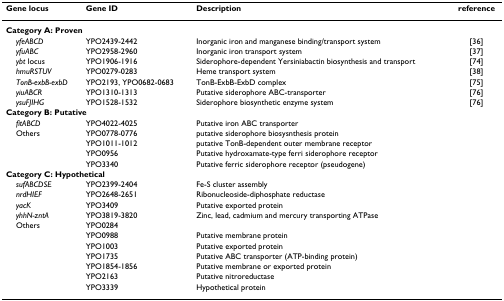
<table><thead><tr><td><b>Gene locus</b></td><td><b>Gene ID</b></td><td><b>Description</b></td><td><b>reference</b></td></tr></thead><tbody><tr><td colspan="4"><b>Category A: Proven</b></td></tr><tr><td> <i>yfeABCD</i></td><td>YPO2439-2442</td><td>Inorganic iron and manganese binding/transport system</td><td>[36]</td></tr><tr><td> <i>yfuABC</i></td><td>YPO2958-2960</td><td>Inorganic iron transport system</td><td>[37]</td></tr><tr><td> <i>ybt </i>locus</td><td>YPO1906-1916</td><td>Siderophore-dependent Yersiniabactin biosynthesis and transport</td><td>[74]</td></tr><tr><td> <i>hmuRSTUV</i></td><td>YPO0279-0283</td><td>Heme transport system</td><td>[38]</td></tr><tr><td> <i>TonB-exbB-exbD</i></td><td>YPO2193, YPO0682-0683</td><td>TonB-ExbB-ExbD complex</td><td>[75]</td></tr><tr><td> <i>yiuABCR</i></td><td>YPO1310-1313</td><td>Putative siderophore ABC-transporter</td><td>[76]</td></tr><tr><td> <i>ysuFJIHG</i></td><td>YPO1528-1532</td><td>Siderophore biosynthetic enzyme system</td><td>[76]</td></tr><tr><td colspan="4"><b>Category B: Putative</b></td></tr><tr><td> <i>fitABCD</i></td><td>YPO4022-4025</td><td>Putative iron ABC transporter</td><td></td></tr><tr><td> Others</td><td>YPO0778-0776</td><td>putative siderophore biosysnthesis protein</td><td></td></tr><tr><td></td><td>YPO1011-1012</td><td>putative TonB-dependent outer membrane receptor</td><td></td></tr><tr><td></td><td>YPO0956</td><td>Putative hydroxamate-type ferri siderophore receptor</td><td></td></tr><tr><td></td><td>YPO3340</td><td>Putative ferric siderophore receptor (pseudogene)</td><td></td></tr><tr><td colspan="4"><b>Category C: Hypothetical</b></td></tr><tr><td> <i>sufABCDSE</i></td><td>YPO2399-2404</td><td>Fe-S cluster assembly</td><td></td></tr><tr><td> <i>nrdHIEF</i></td><td>YPO2648-2651</td><td>Ribonucleoside-diphosphate reductase</td><td></td></tr><tr><td> <i>yacK</i></td><td>YPO3409</td><td>Putative exported protein</td><td></td></tr><tr><td> <i>yhhN-zntA</i></td><td>YPO3819-3820</td><td>Zinc, lead, cadmium and mercury transporting ATPase</td><td></td></tr><tr><td> Others</td><td>YPO0284</td><td></td><td></td></tr><tr><td></td><td>YPO0988</td><td>Putative membrane protein</td><td></td></tr><tr><td></td><td>YPO1003</td><td>Putative exported protein</td><td></td></tr><tr><td></td><td>YPO1735</td><td>Putative ABC transporter (ATP-binding protein)</td><td></td></tr><tr><td></td><td>YPO1854-1856</td><td>Putative membrane or exported protein</td><td></td></tr><tr><td></td><td>YPO2163</td><td>Putative nitroreductase</td><td></td></tr><tr><td></td><td>YPO3339</td><td>Hypothetical protein</td><td></td></tr></tbody></table>